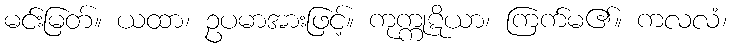
မင်းမြတ်။ ယထာ၊ ဥပမာအားဖြင့်။ ကုက္ကုဋိယာ၊ ကြက်မ၏။ ကလလံ၊